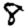
Digit: 8